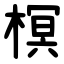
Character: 榠